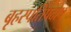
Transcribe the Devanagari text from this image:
बृहस्पतिप्रदोष